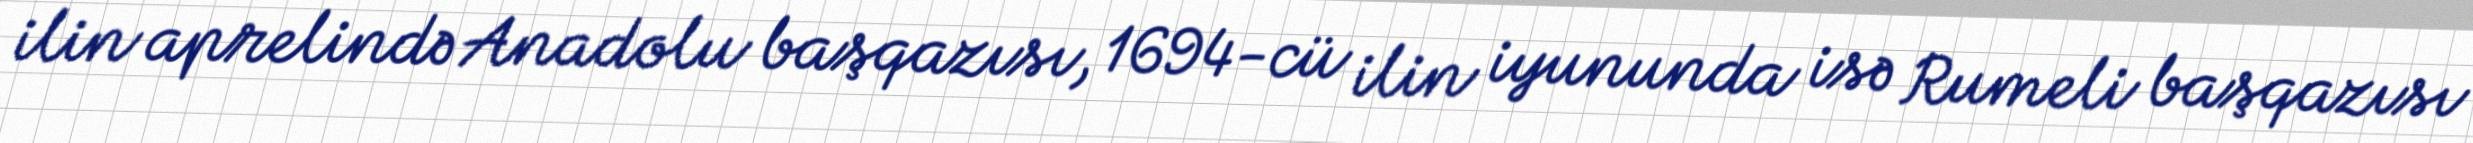
ilin aprelində Anadolu başqazısı, 1694-cü ilin iyununda isə Rumeli başqazısı